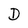
Character: D